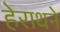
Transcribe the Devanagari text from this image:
हेराथने